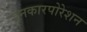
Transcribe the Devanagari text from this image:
इनकारपोरेशन